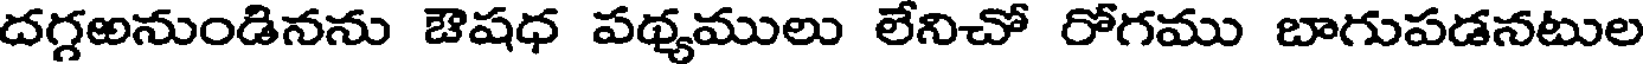
దగ్గఱనుండినను ఔషధ పథ్యములు లేనిచో రోగము బాగుపడనటుల